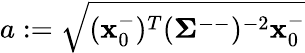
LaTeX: a:=\sqrt{(\mathbf{x}_{0}^{-})^{T}(\mathbf{\Sigma}^{--})^{-2}\mathbf{x}_{0}^{-}}